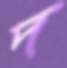
দ